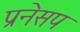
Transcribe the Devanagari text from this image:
प्रनेसप